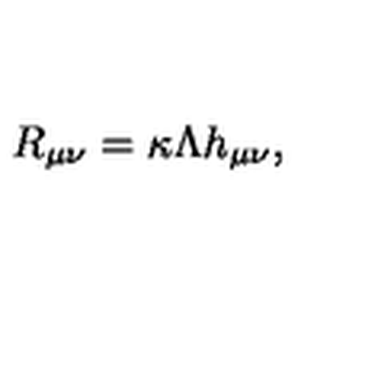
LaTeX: R _ { \mu \nu } = \kappa \Lambda h _ { \mu \nu } ,